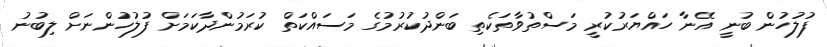
ފުލުހުން ބުނީ އޭނާ ހައްޔަރުކުރީ މަސްތުވާތަކެތި ބަންދުކުރުމުގެ މަސައްކަތް ކުރަމުންދާކަމަށް ފުލުހުންނަށް ލިބުނު